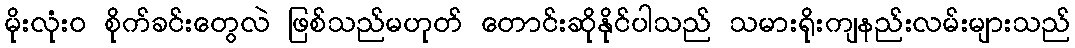
မိုးလုံး၀ စိုက်ခင်းတွေလဲ ဖြစ်သည်မဟုတ် တောင်းဆိုနိုင်ပါသည် သမားရိုးကျနည်းလမ်းများသည်